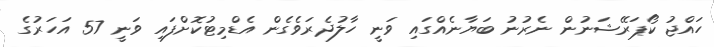
ހައްޖު ކޯޕަރޭޝަނުން ނެރުނު ބަޔާނެއްގައި ވަނީ ހާލުދެރަވެގެން އެޑްމިޓުކޮށްފައި ވަނީ 57 އަހަރުގެ